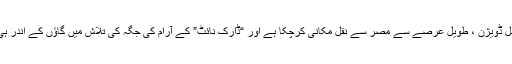
دریں اثنا ، اوزبرفیرر ہیلگا وان بلو کے تحت ایس ایس پیرانورمل ڈویژن ، طویل عرصے سے مصر سے نقل مکانی کرچکا ہے اور “ڈارک نائٹ” کے آرام کی جگہ کی تلاش میں گاؤں کے اندر ہی ایک قدیم چرچ کی پیشانی اور چیپٹیوں کی کھدائی کر رہا ہے۔